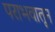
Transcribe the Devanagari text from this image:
पराभवातून